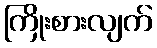
ကြိုးစားလျက်